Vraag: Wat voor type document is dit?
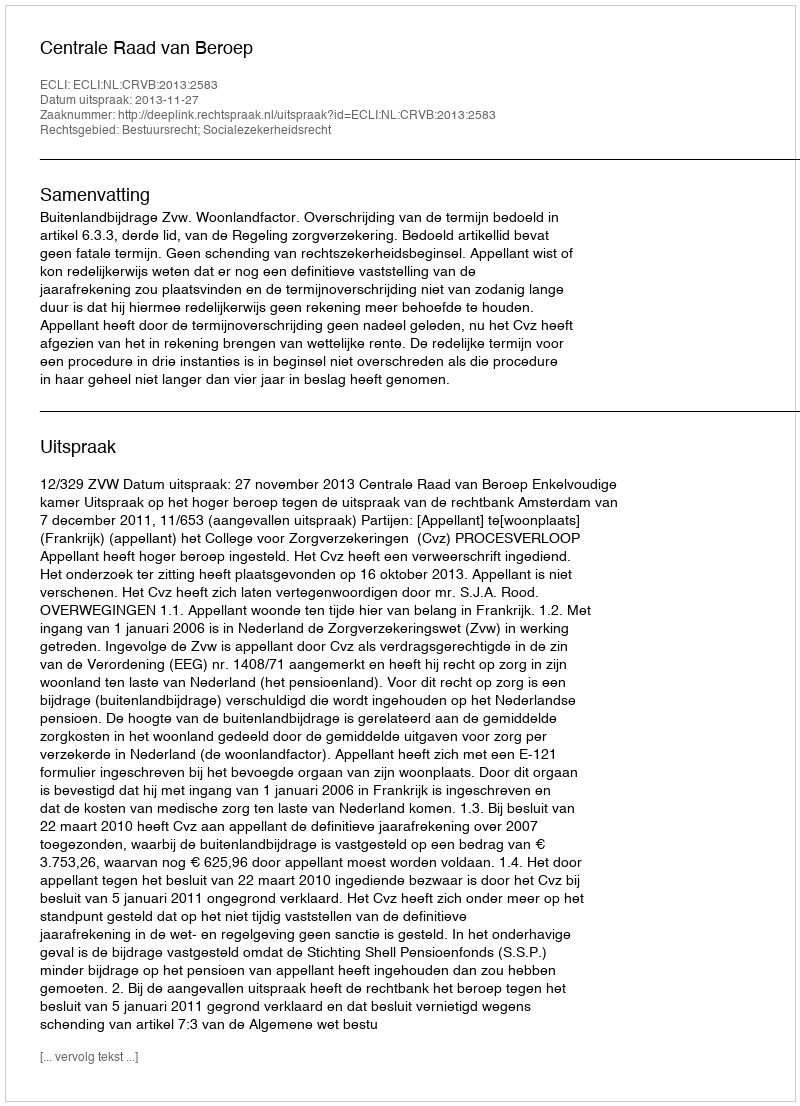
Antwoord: Uitspraak